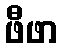
ဖီဖာ